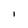
Character: l